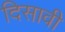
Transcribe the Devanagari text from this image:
दिसावी